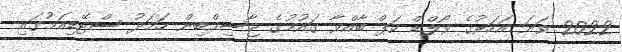
2022 ވަނަ އަހަރުގެ ވޯލްޑް ކަޕް ބާއްވާ ގައުމުގެ ޖާސިމްބިން ހަމަދު ސްޓޭޑިއަމުގައި